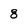
Character: 8